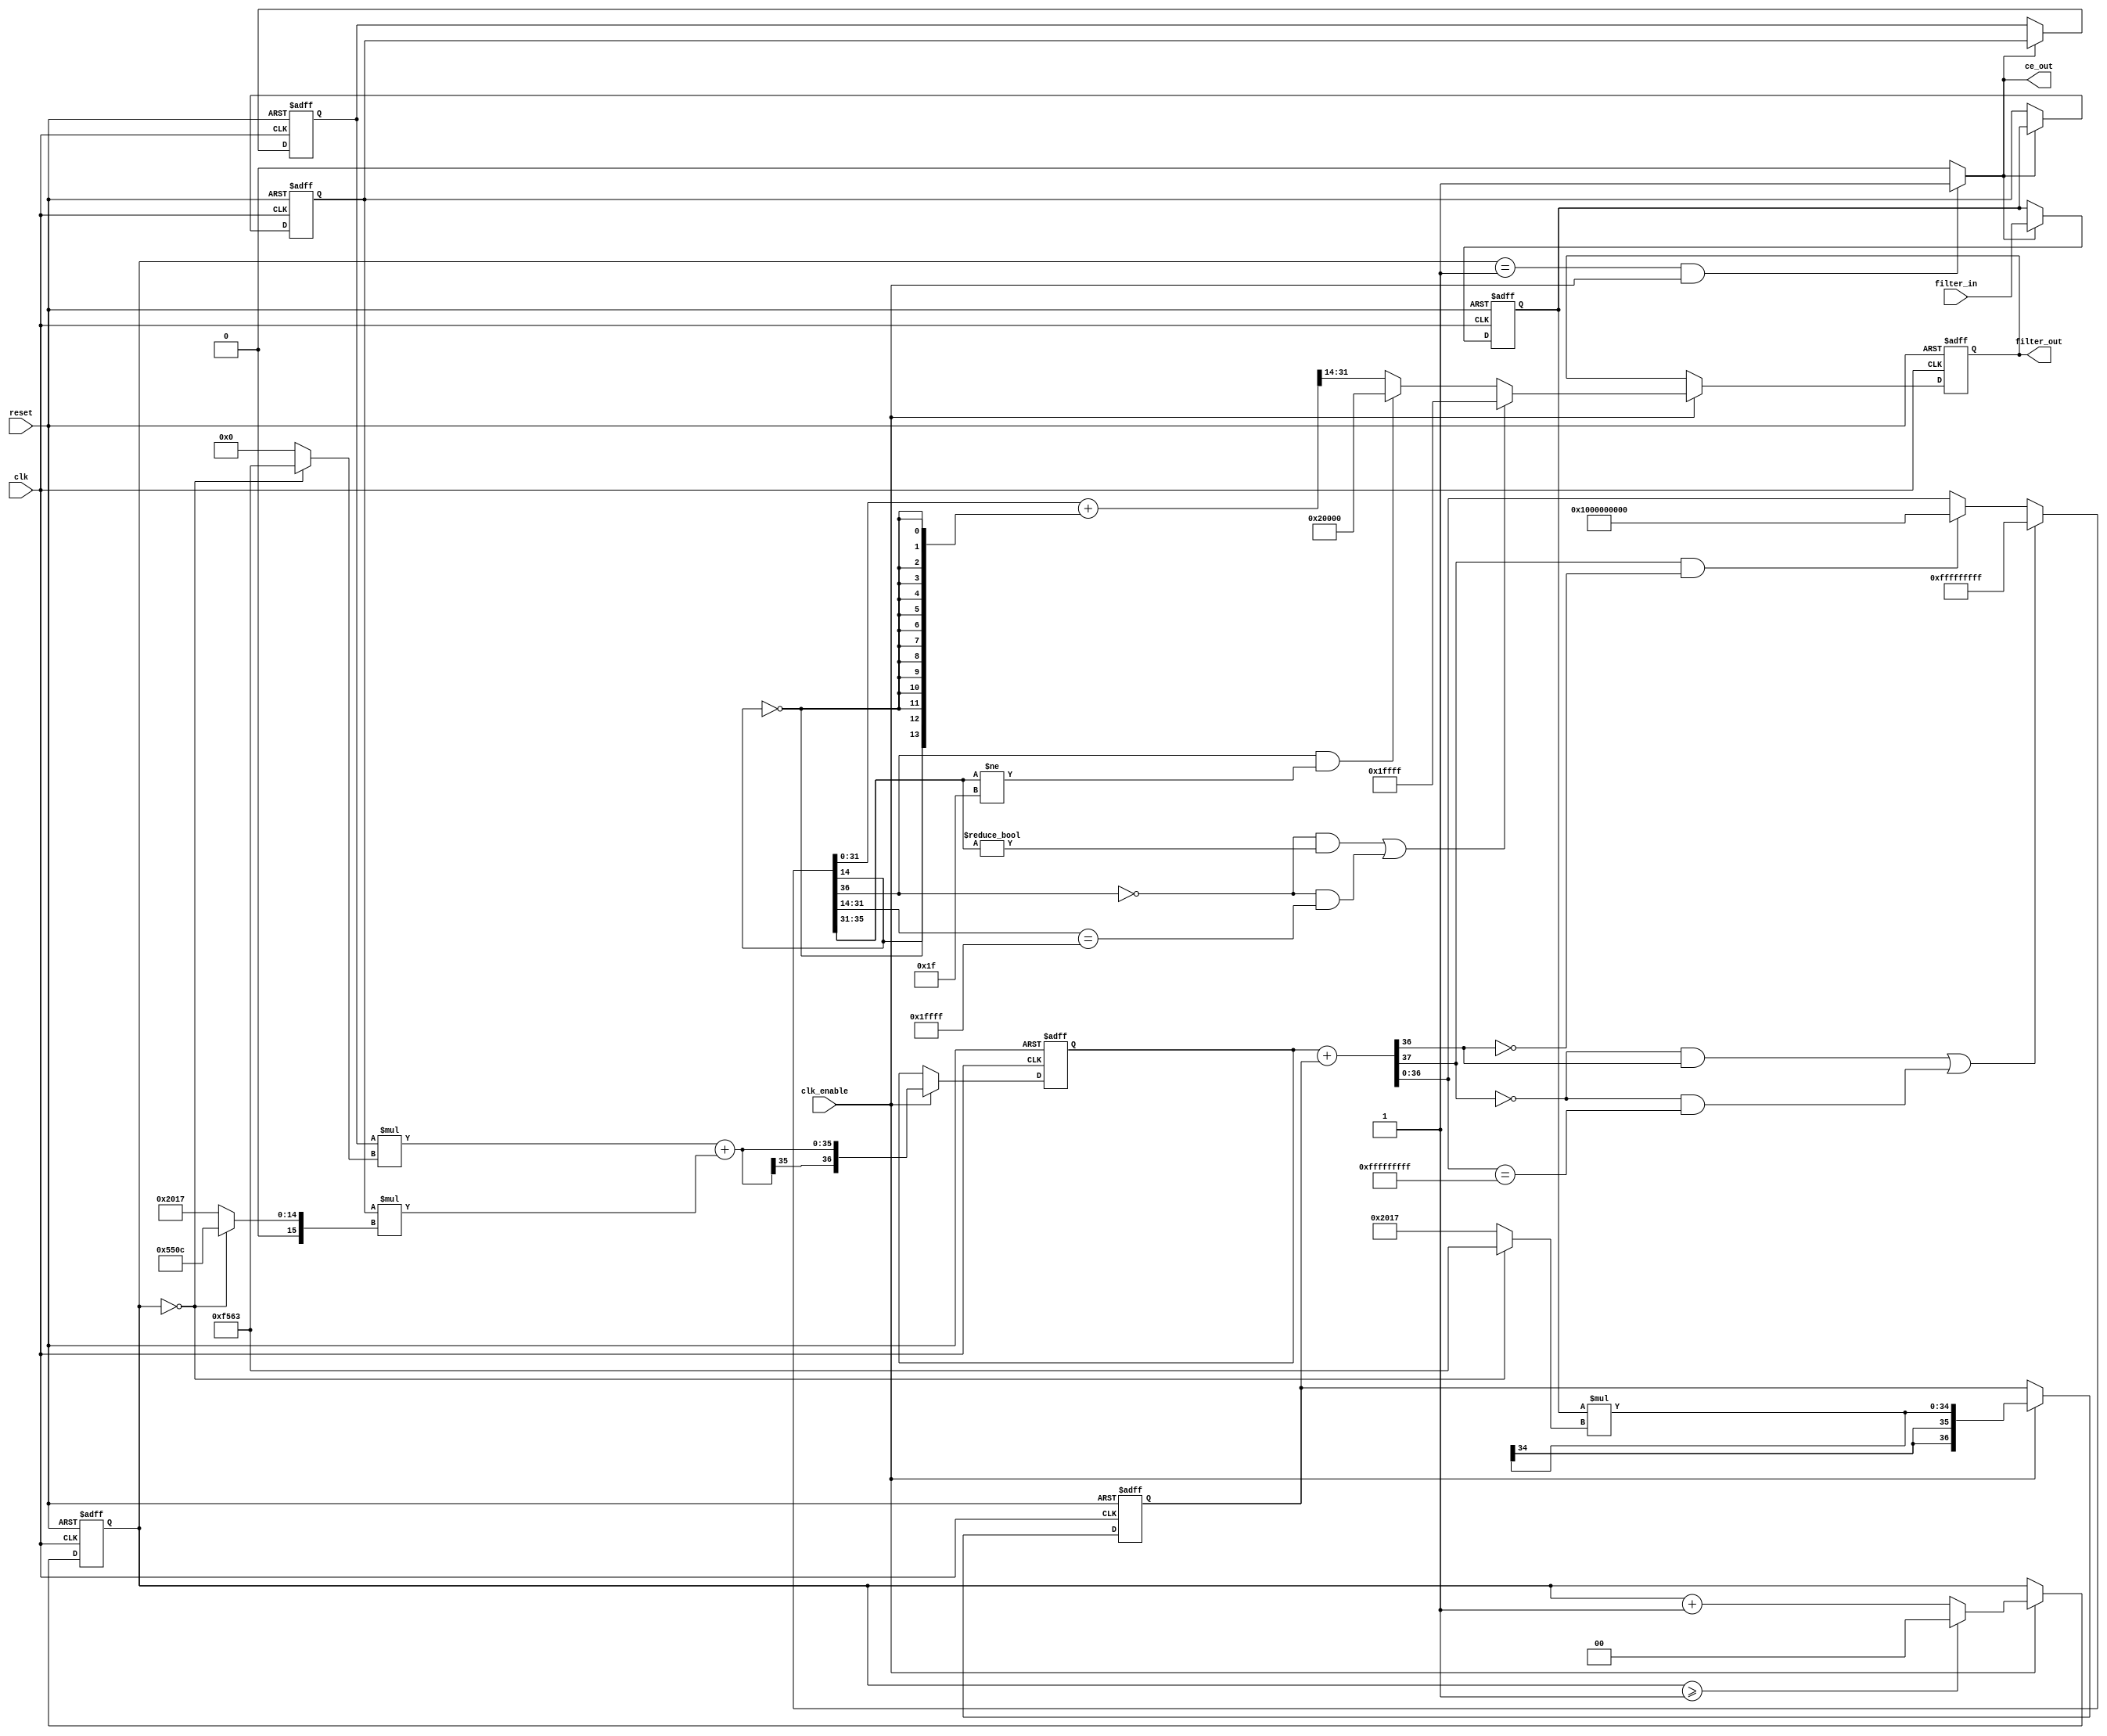
// -------------------------------------------------------------
//
// Module: cic2
// Generated by MATLAB(R) 23.2 and Filter Design HDL Coder 23.2.
// Generated on: 2024-05-02 15:36:14
// -------------------------------------------------------------

// -------------------------------------------------------------
// HDL Code Generation Options:
//
// FIRAdderStyle: tree
// OptimizeForHDL: on
// TargetDirectory: D:\fax\zavrsni\CIC2
// AddPipelineRegisters: on
// Name: cic2
// TargetLanguage: Verilog
// TestBenchName: cic2_tb
// TestBenchStimulus: step chirp 
// LoopUnrolling: on

// Filter Specifications:
//
// Sample Rate          : 1.411 MHz
// Response             : CIC Compensator
// Specification        : Fp,Fst,Ap,Ast
// Interpolation Factor : 2
// Multirate Type       : Interpolator
// Number of Sections   : 2
// Passband Edge        : 22.05 kHz
// Passband Ripple      : 0.001 dB
// Differential Delay   : 1
// Stopband Edge        : 683.6 kHz
// Stopband Atten.      : 40 dB
// -------------------------------------------------------------

// -------------------------------------------------------------
// HDL Implementation    : Fully parallel
// Folding Factor        : 1
// -------------------------------------------------------------
// Filter Settings:
//
// Discrete-Time FIR Multirate Filter (real)
// -----------------------------------------
// Filter Structure      : Direct-Form FIR Polyphase Interpolator
// Interpolation Factor  : 2
// Polyphase Length      : 3
// Filter Length         : 5
// Stable                : Yes
// Linear Phase          : Yes (Type 1)
//
// Arithmetic            : fixed
// Numerator             : s16,14 -> [-2 2)
// -------------------------------------------------------------




//`timescale 1 ns / 1 ns

module cic2
               (
                clk,
                clk_enable,
                reset,
                filter_in,
                filter_out,
                ce_out
                );

  input   clk; 
  input   clk_enable; 
  input   reset; 
  input   signed [18:0] filter_in; //sfix19_En15
  output  signed [17:0] filter_out; //sfix18_En15
  output  ce_out; 

////////////////////////////////////////////////////////////////
//Module Architecture: cic2
////////////////////////////////////////////////////////////////
  // Local Functions
  // Type Definitions
  // Constants
  parameter signed [15:0] coeffphase1_1 = 16'b1111010101100011; //sfix16_En14
  parameter signed [15:0] coeffphase1_2 = 16'b0101010100001100; //sfix16_En14
  parameter signed [15:0] coeffphase1_3 = 16'b1111010101100011; //sfix16_En14
  parameter signed [15:0] coeffphase2_1 = 16'b0010000000010111; //sfix16_En14
  parameter signed [15:0] coeffphase2_2 = 16'b0010000000010111; //sfix16_En14
  parameter signed [15:0] coeffphase2_3 = 16'b0000000000000000; //sfix16_En14

  // Signals
  reg  [1:0] cur_count; // ufix2
  wire phase_1; // boolean
  reg  signed [18:0] delay_pipeline [0:2] ; // sfix19_En15
  wire signed [34:0] product; // sfix35_En29
  wire signed [15:0] product_mux; // sfix16_En14
  wire signed [34:0] product_1; // sfix35_En29
  wire signed [15:0] product_mux_1; // sfix16_En14
  wire signed [34:0] product_2; // sfix35_En29
  wire signed [15:0] product_mux_2; // sfix16_En14
  wire signed [36:0] sumvector1 [0:1] ; // sfix37_En29
  wire signed [34:0] add_signext; // sfix35_En29
  wire signed [34:0] add_signext_1; // sfix35_En29
  wire signed [35:0] add_temp; // sfix36_En29
  reg  signed [36:0] sumdelay_pipeline1 [0:1] ; // sfix37_En29
  wire signed [36:0] sum2; // sfix37_En29
  wire signed [36:0] add_signext_2; // sfix37_En29
  wire signed [36:0] add_signext_3; // sfix37_En29
  wire signed [37:0] add_temp_1; // sfix38_En29
  wire signed [17:0] output_typeconvert; // sfix18_En15
  reg  signed [17:0] output_register; // sfix18_En15

  // Block Statements
  always @ (posedge clk or posedge reset)
    begin: ce_output
      if (reset == 1'b1) begin
        cur_count <= 2'b00;
      end
      else begin
        if (clk_enable == 1'b1) begin
          if (cur_count >= 2'b01) begin
            cur_count <= 2'b00;
          end
          else begin
            cur_count <= cur_count + 2'b01;
          end
        end
      end
    end // ce_output

  assign  phase_1 = (cur_count == 2'b01 && clk_enable == 1'b1) ? 1'b1 : 1'b0;

  //   ---------------- Delay Registers ----------------

  always @( posedge clk or posedge reset)
    begin: Delay_Pipeline_process
      if (reset == 1'b1) begin
        delay_pipeline[0] <= 0;
        delay_pipeline[1] <= 0;
        delay_pipeline[2] <= 0;
      end
      else begin
        if (phase_1 == 1'b1) begin
          delay_pipeline[0] <= filter_in;
          delay_pipeline[1] <= delay_pipeline[0];
          delay_pipeline[2] <= delay_pipeline[1];
        end
      end
    end // Delay_Pipeline_process


  assign product_mux = (cur_count == 2'b00) ? coeffphase1_3 :
                      coeffphase2_3;
  assign product = delay_pipeline[2] * product_mux;

  assign product_mux_1 = (cur_count == 2'b00) ? coeffphase1_2 :
                        coeffphase2_2;
  assign product_1 = delay_pipeline[1] * product_mux_1;

  assign product_mux_2 = (cur_count == 2'b00) ? coeffphase1_1 :
                        coeffphase2_1;
  assign product_2 = delay_pipeline[0] * product_mux_2;

  assign add_signext = product;
  assign add_signext_1 = product_1;
  assign add_temp = add_signext + add_signext_1;
  assign sumvector1[0] = $signed({{1{add_temp[35]}}, add_temp});

  assign sumvector1[1] = $signed({{2{product_2[34]}}, product_2});

  always @ (posedge clk or posedge reset)
    begin: sumdelay_pipeline_process1
      if (reset == 1'b1) begin
        sumdelay_pipeline1[0] <= 0;
        sumdelay_pipeline1[1] <= 0;
      end
      else begin
        if (clk_enable == 1'b1) begin
          sumdelay_pipeline1[0] <= sumvector1[0];
          sumdelay_pipeline1[1] <= sumvector1[1];
        end
      end
    end // sumdelay_pipeline_process1

  assign add_signext_2 = sumdelay_pipeline1[0];
  assign add_signext_3 = sumdelay_pipeline1[1];
  assign add_temp_1 = add_signext_2 + add_signext_3;
  assign sum2 = ((add_temp_1[37] == 1'b0 & add_temp_1[36] != 1'b0) || (add_temp_1[37] == 1'b0 && add_temp_1[36:0] == 37'b0111111111111111111111111111111111111) // special case0
) ? 37'b0111111111111111111111111111111111111 : 
      (add_temp_1[37] == 1'b1 && add_temp_1[36] != 1'b1) ? 37'b1000000000000000000000000000000000000 : add_temp_1[36:0];

  assign output_typeconvert = ((sum2[36] == 1'b0 & sum2[35:31] != 5'b00000) || (sum2[36] == 1'b0 && sum2[31:14] == 18'b011111111111111111) // special case0
) ? 18'b011111111111111111 : 
      (sum2[36] == 1'b1 && sum2[35:31] != 5'b11111) ? 18'b100000000000000000 : (sum2[31:0] + {sum2[14], {13{~sum2[14]}}})>>>14;

  always @ (posedge clk or posedge reset)
    begin: Output_Register_process
      if (reset == 1'b1) begin
        output_register <= 0;
      end
      else begin
        if (clk_enable == 1'b1) begin
          output_register <= output_typeconvert;
        end
      end
    end // Output_Register_process

  // Assignment Statements
  assign ce_out = phase_1;
  assign filter_out = output_register;
endmodule  // cic2